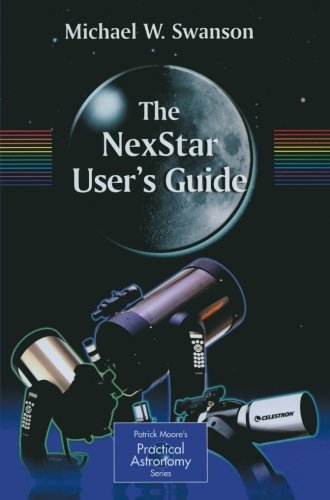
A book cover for The NexStar User's Guide; Michael Swanson; Science & Math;